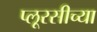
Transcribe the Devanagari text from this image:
प्लूरसीच्या